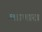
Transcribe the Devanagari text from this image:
अडणारा